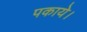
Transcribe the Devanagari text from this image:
पकाये।